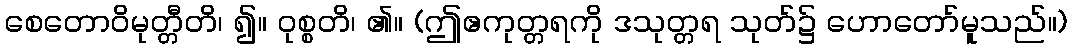
စေတောဝိမုတ္တီတိ၊ ၍။ ဝုစ္စတိ၊ ၏။ (ဤဧကုတ္တရကို ဒသုတ္တရ သုတ်၌ ဟောတော်မူသည်။)